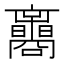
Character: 𡅟